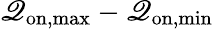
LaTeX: \mathscr{Q}_{\mathrm{{on,max}}}-\mathscr{Q}_{\mathrm{{on,min}}}